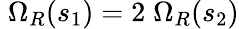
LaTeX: \; \Omega_{R}(s_{1})=2\; \Omega_{R}(s_{2})